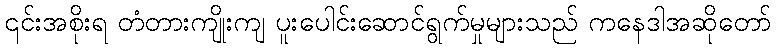
၎င်းအစိုးရ တံတားကျိုးကျ ပူးပေါင်းဆောင်ရွက်မှုများသည် ကနေဒါအဆိုတော်